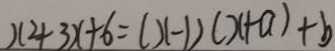
x ^ { 2 } + 3 x + 6 = ( x - 1 ) ( x + a ) + b